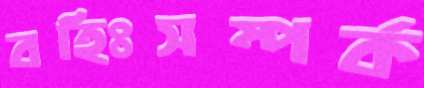
বহিঃসম্পর্ক